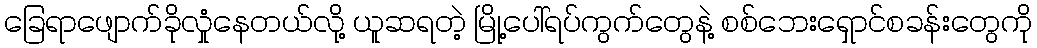
ခြေရာဖျောက်ခိုလှုံနေတယ်လို့ ယူဆရတဲ့ မြို့ပေါ်ရပ်ကွက်တွေနဲ့ စစ်ဘေးရှောင်စခန်းတွေကို